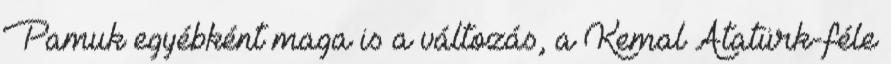
Pamuk egyébként maga is a változás, a Kemal Atatürk-féle